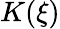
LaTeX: K(\xi)